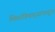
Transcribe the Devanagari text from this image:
मिळविणार्‍यांपासून